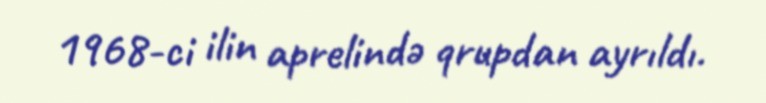
1968-ci ilin aprelində qrupdan ayrıldı.